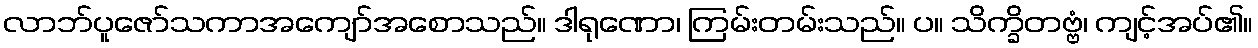
လာဘ်ပူဇော်သကာအကျော်အစောသည်။ ဒါရုဏော၊ ကြမ်းတမ်းသည်။ ပ။ သိက္ခိတဗ္ဗံ၊ ကျင့်အပ်၏။